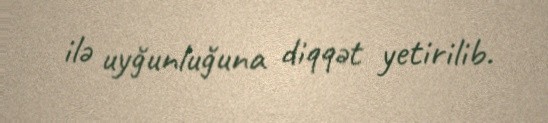
ilə uyğunluğuna diqqət yetirilib.